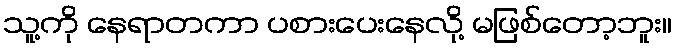
သူ့ကို နေရာတကာ ပစားပေးနေလို့ မဖြစ်တော့ဘူး။